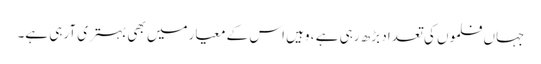
جہاں فلموں کی تعداد بڑھ رہی ہے ، وہیں اس کے معیارمیں بھی بہتری آرہی ہے۔